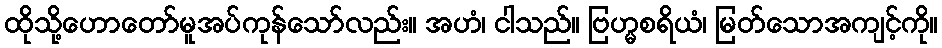
ထိုသို့ဟောတော်မူအပ်ကုန်သော်လည်း။ အဟံ၊ ငါသည်။ ဗြဟ္မစရိယံ၊ မြတ်သောအကျင့်ကို။